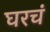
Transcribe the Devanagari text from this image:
घरचं